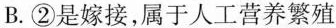
B.②是嫁接，属于人工营养繁殖